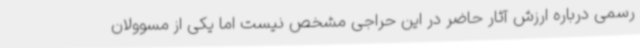
رسمی درباره ارزش آثار حاضر در این حراجی مشخص نیست اما یکی از مسوولان